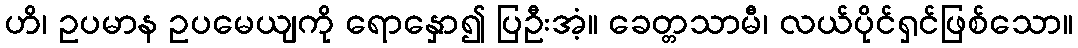
ဟိ၊ ဥပမာန ဥပမေယျကို ရောနှော၍ ပြဦးအံ့။ ခေတ္တသာမီ၊ လယ်ပိုင်ရှင်ဖြစ်သော။